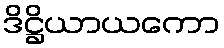
ဒိဋ္ဌိယာယကော